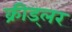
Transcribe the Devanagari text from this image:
क्रीड्लर